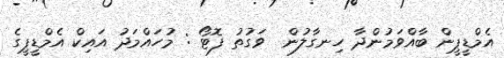
އެމްޑީޕީން ބާއްވަމުންދާ ހިނގާލުން  ވަގުތު ފޮޓޯ : މުހައްމަދު އައިކް އެމްޑީޕީގެ